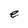
Character: e